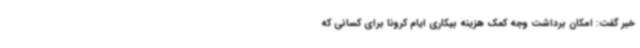
خبر گفت: امکان برداشت وجه کمک هزینه بیکاری ایام کرونا برای کسانی که